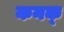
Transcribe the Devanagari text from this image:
कनक्